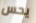
يحس